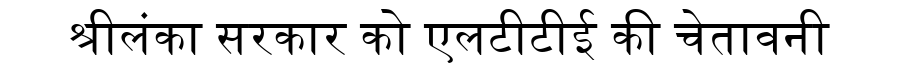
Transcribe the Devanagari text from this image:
श्रीलंका सरकार को एलटीटीई की चेतावनी